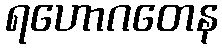
ရဟောဂတေန